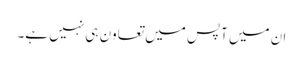
ان میں آپس میں تعاون ہی نہیں ہے۔